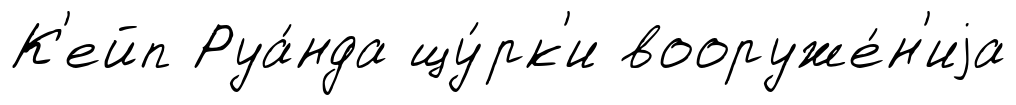
К'ейп Руа́нда щу́рк'и вооруже́н'иjа